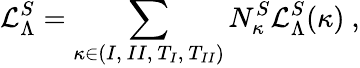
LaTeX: {\cal L}_{\Lambda}^{S}=\sum_{\kappa\in{(I,~II,~T_{I},~T_{II})}}N_{\kappa}^{S}{\cal L}_{\Lambda}^{S}(\kappa)~,